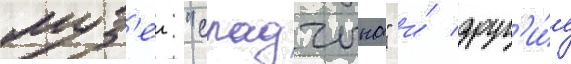
муз'еи "спадчына" и́ друг'и́е